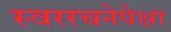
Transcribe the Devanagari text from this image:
स्वररचनेपेक्षा